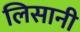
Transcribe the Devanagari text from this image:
लिसानी